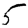
Digit: 5